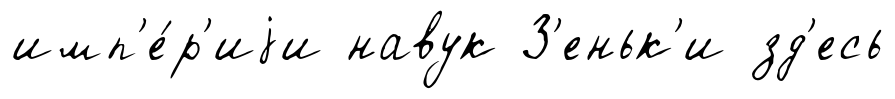
имп'е́р'иjи навук З'еньк'и зд'есь